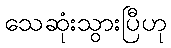
သေဆုံးသွားပြီဟု